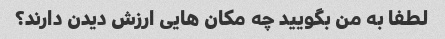
لطفا به من بگویید چه مکان هایی ارزش دیدن دارند؟